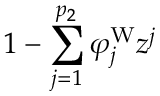
1 - \sum _ { j = 1 } ^ { p _ { 2 } } \varphi _ { j } ^ { \mathrm { W } } z ^ { j }